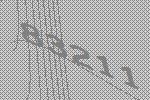
83211